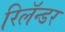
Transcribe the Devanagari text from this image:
रिलॅन्डर